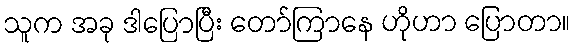
သူက အခု ဒါပြောပြီး တော်ကြာနေ ဟိုဟာ ပြောတာ။